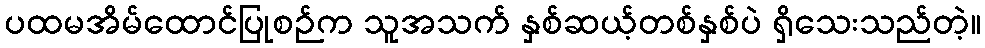
ပထမအိမ်ထောင်ပြုစဉ်က သူအသက် နှစ်ဆယ့်တစ်နှစ်ပဲ ရှိသေးသည်တဲ့။